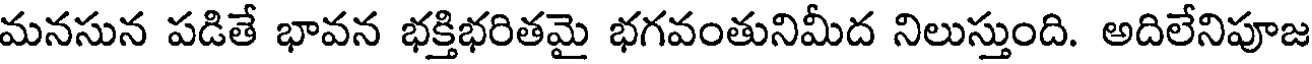
మనసున పడితే భావన భక్తిభరితమై భగవంతునిమీద నిలుస్తుంది. అదిలేనిపూజ